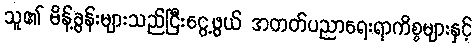
သူ၏ မိန့်ခွန်းများသည်ငြီးငွေ့ဖွယ် အတတ်ပညာရေးရာကိစ္စများနှင့်